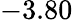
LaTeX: -3.80